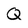
Character: Q